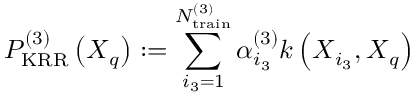
P _ { \mathrm { K R R } } ^ { ( 3 ) } \left( \boldsymbol { X } _ { q } \right) : = \sum _ { i _ { 3 } = 1 } ^ { N _ { \mathrm { t r a i n } } ^ { ( 3 ) } } \alpha _ { i _ { 3 } } ^ { ( 3 ) } k \left( \boldsymbol { X } _ { i _ { 3 } } , \boldsymbol { X } _ { q } \right)